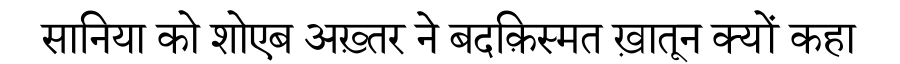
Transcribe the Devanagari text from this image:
सानिया को शोएब अख़्तर ने बदक़िस्मत ख़ातून क्यों कहा